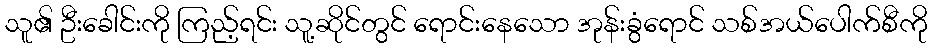
သူ၏ ဦးခေါင်းကို ကြည့်ရင်း သူ့ဆိုင်တွင် ရောင်းနေသော အုန်းခွံရောင် သစ်အယ်ပေါက်စီကို